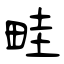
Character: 畦